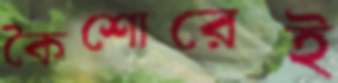
কৈশোরেই